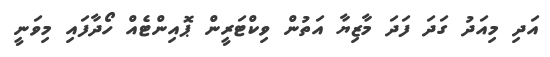
އަދި މިއަދު ގަދަ ފަދަ މާޒިޔާ އަތުން ވިކްޓަރީން ޕޮއިންޓެއް ހޯދާފައި މިވަނީ